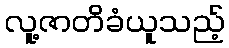
လူ့ဇာတိခံယူသည့်